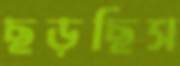
ছড়ছিস